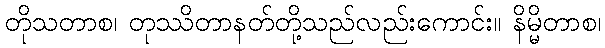
တိုသတာစ၊ တုဿိတာနတ်တို့သည်လည်းကောင်း။ နိမ္မိတာစ၊